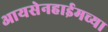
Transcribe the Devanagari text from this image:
आयसेनहाईमच्या